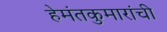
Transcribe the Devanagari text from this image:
हेमंतकुमारांची